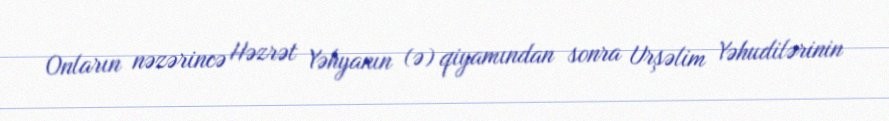
Onların nəzərincə Həzrət Yəhyanın (ə) qiyamından sonra Urşəlim Yəhudilərinin